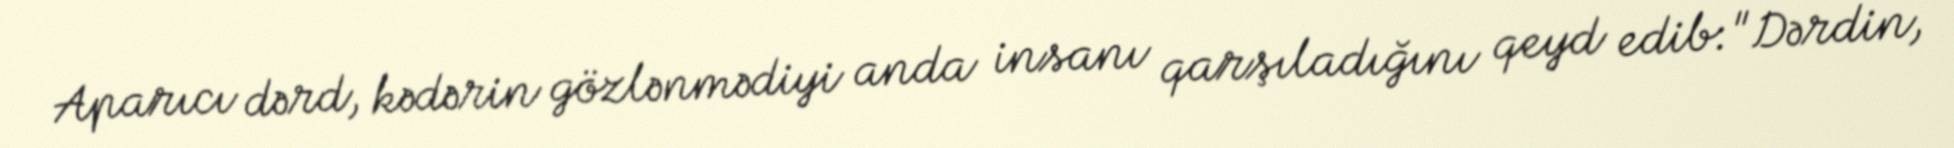
Aparıcı dərd, kədərin gözlənmədiyi anda insanı qarşıladığını qeyd edib:"Dərdin,